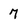
Character: 7